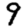
Digit: 9